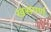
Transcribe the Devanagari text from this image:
खसपर्ण